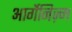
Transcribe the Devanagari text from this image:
आर्गेनिज़्म